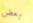
بعض